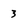
Character: 3